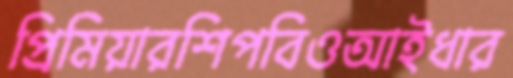
প্রিমিয়ারশিপবিওআইধার